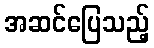
အဆင်ပြေသည့်